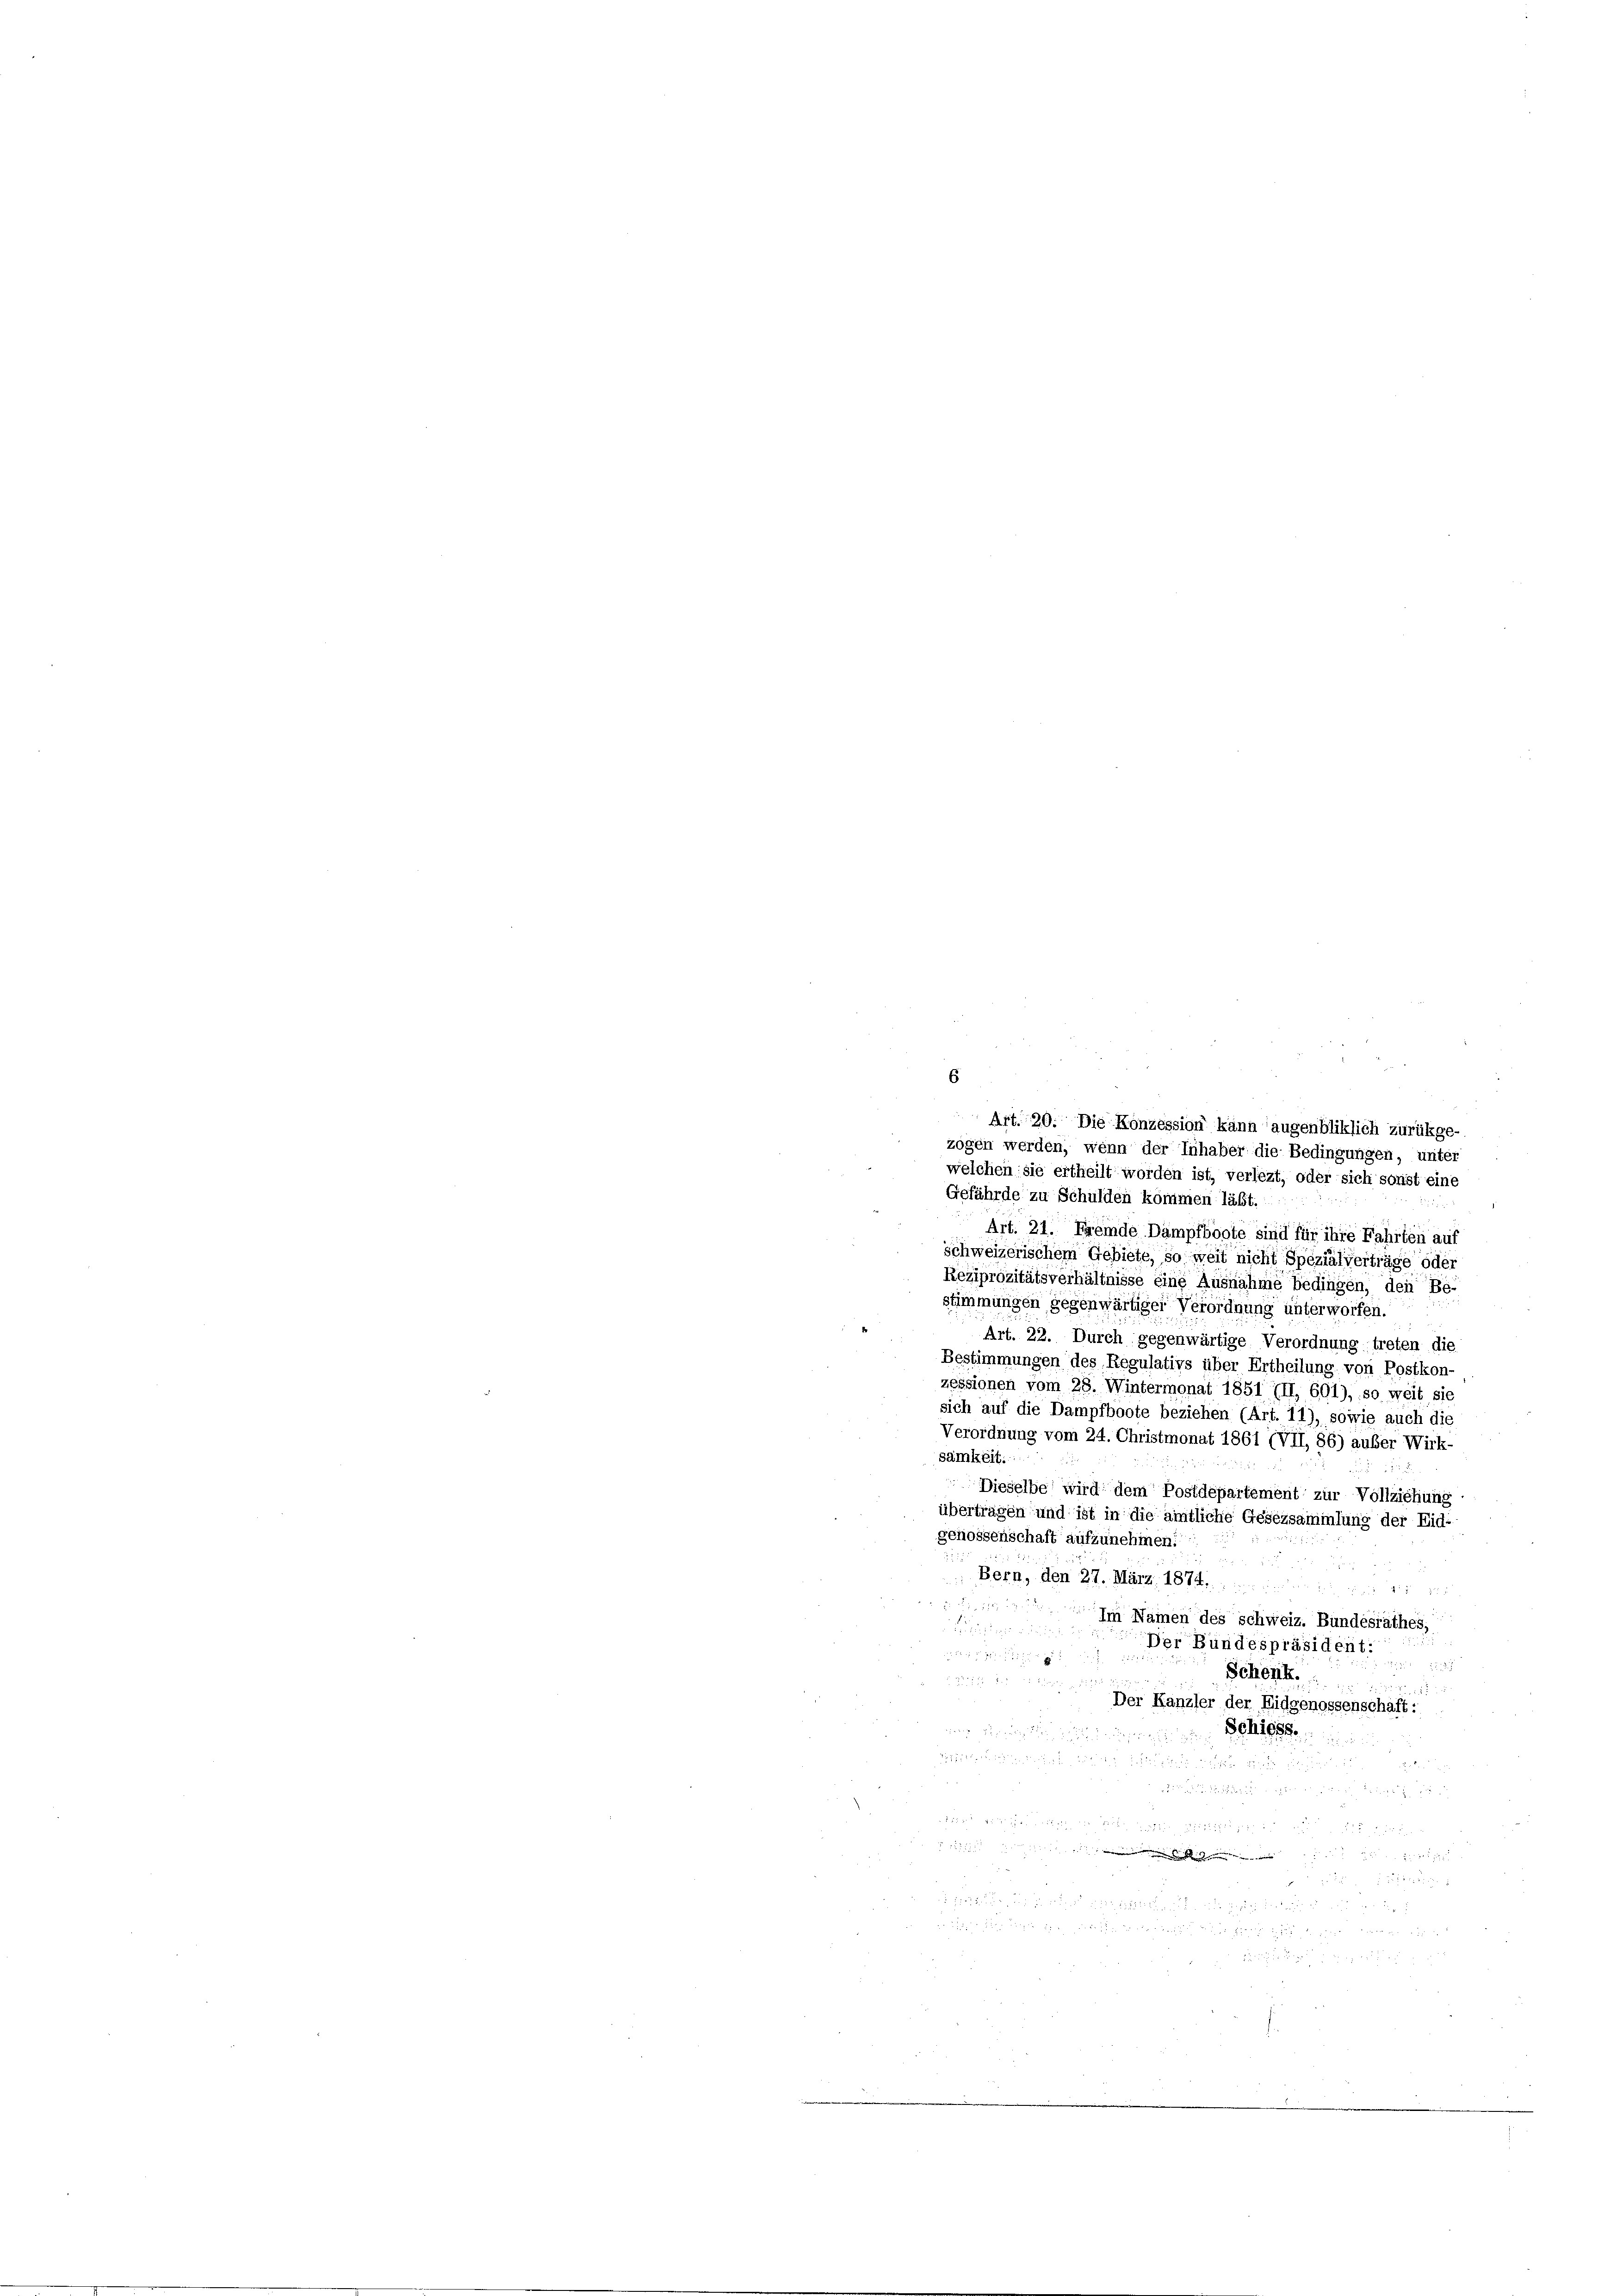
6
Art. 21. Freide Dampfboote sind für ihre Fahrten auf
schweizerischem Gebiete, so weit nicht Spezialverträge oder
Reziprozitätsverhältnisse eine Ausnahme bedingen, den Be-
stimmungen gegenwärtiger Verordnung unterworfen.
Art. 22. Durch gegenwärtige Verordnung treten die
Bestimmungen des Regulativs über Ertheilung von Postkon-
zessionen vom 28. Wintermonat 1851 (II, 601), so weit sie
sich auf die Dampfboote beziehen (Art. 11), sowie auch die
Verordnung vom 24. Christmonat 1861 (VII, 86) außer Wirk-
samkeit.
Dieselbe wird dem Postdepartement zur Vollziehung
überträgen und ist in die amtliche Gesetzsammlung der Eid-
genossenschaft aufzunehmen.
Bern, den 27. März 1874.
Im Namen des Schweiz. Bundesrathes,
Der Bundespräsident:

Schenk.

Der Kanzler der Eidgenossenschaft:
Schiess.
a

 2
 d. 25

58
122

Art. 20. Die Konzession kann augenbliklich zurükge-
zögen werden, wenn der Inhaber die Bedingungen, unter
welchen sie ertheilt worden ist, verlezt, oder sich sonst eine
Gefährde zu Schulden kommen läßt.